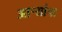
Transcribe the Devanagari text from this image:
आऱ्यांचा